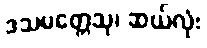
ဒသမတ္တေသု၊ ဆယ်လုံး